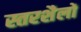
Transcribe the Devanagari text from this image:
स्तरशैलों